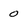
Character: 0